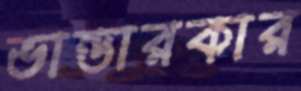
ভান্ডারকার